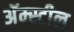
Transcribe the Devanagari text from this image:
अॅम्स्टील